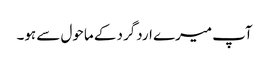
آپ میرے اردگرد کے ماحول سے ہو۔